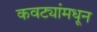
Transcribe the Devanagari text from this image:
कवट्यांमधून